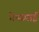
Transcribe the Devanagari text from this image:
गेमस्पाई